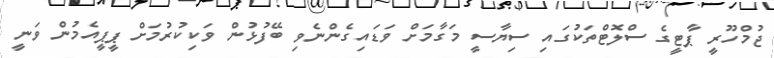
ޖުމްހޫރީ ޕާޓީގެ ސްލޮޓްތަކުގައި ސިޔާސީ މަގާމަށް ވަޑައިގެންނެވި ބޭފުޅުން ވަކިކުރުމަށް ޕީޕީއެމުން ވަނީ